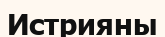
Истрияны